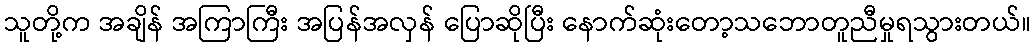
သူတို့က အချိန် အကြာကြီး အပြန်အလှန် ပြောဆိုပြီး နောက်ဆုံးတော့သဘောတူညီမှုရသွားတယ်။